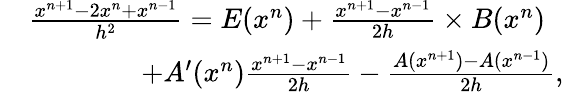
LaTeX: \begin{array}{rl}&{\frac{x^{n+1}-2x^{n}+x^{n-1}}{h^{2}}=E(x^{n})+\frac{x^{n+1}-x^{n-1}}{2h}\times B(x^{n})}\\ &{\qquad\qquad+A^{\prime}(x^{n})\frac{x^{n+1}-x^{n-1}}{2h}-\frac{A(x^{n+1})-A(x^{n-1})}{2h},}\end{array}